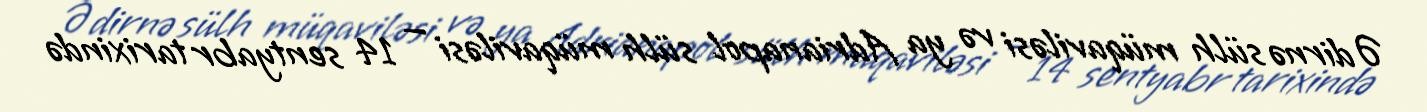
Ədirnə sülh müqaviləsi və ya Adrianapol sülh müqaviləsi — 14 sentyabr tarixində